Madras plague regulations and rules - Volume 1
Disease focus: Plague
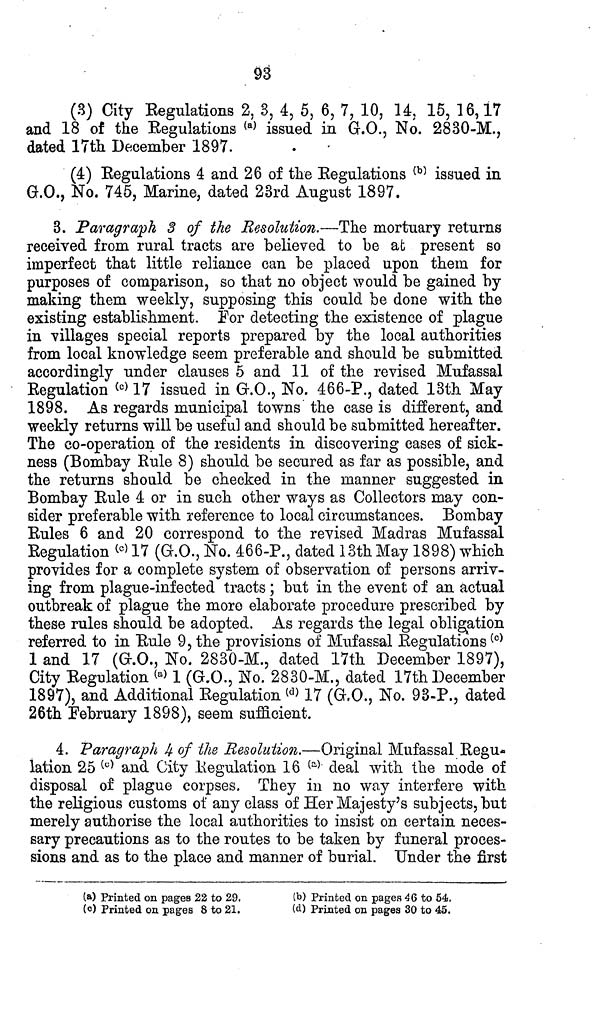
93
(3) City Regulations 2, 3, 4, 5, 6, 7, 10, 14, 15, 16, 17
and 18 of the Regulations (a) issued in G.O., No. 2830-M.,
dated 17th December 1897.
(4) Regulations 4 and 26 of the Regulations (b) issued in
G.O., No. 745, Marine, dated 23rd August 1897.
3. Paragraph 3 of the Resolution.—The mortuary returns
received from rural tracts are believed to be at present so
imperfect that little reliance can be placed upon them for
purposes of comparison, so that no object would be gained by
making them weekly, supposing this could be done with the
existing establishment. For detecting the existence of plague
in villages special reports prepared by the local authorities
from local knowledge seem preferable and should be submitted
accordingly under clauses 5 and 11 of the revised Mufassal
Regulation (c) 17 issued in G.O., No. 466-P., dated 13th May
1898. As regards municipal towns the case is different, and
weekly returns will be useful and should be submitted hereafter.
The co-operation of the residents in discovering cases of sick-
ness (Bombay Rule 8) should be secured as far as possible, and
the returns should be checked in the manner suggested in
Bombay Rule 4 or in such other ways as Collectors may con-
sider preferable with reference to local circumstances. Bombay
Rules 6 and 20 correspond to the revised Madras Mufassal
Regulation (e) 17 (G.O., No. 466-P., dated 13th May 1898) which
provides for a complete system of observation of persons arriv-
ing from plague-infected tracts ; but in the event of an actual
outbreak of plague the more elaborate procedure prescribed by
these rules should be adopted. As regards the legal obligation
referred to in Rule 9, the provisions of Mufassal Regulations (c)
1 and 17 (G.O., No. 2830-M., dated 17th December 1897),
City Regulation (a) 1 (G.O., No. 2830-M., dated 17th December
1897), and Additional Regulation (d) 17 (G.O., No. 93-P., dated
26th February 1898), seem sufficient.
4. Paragraph 4 of the Resolution.—Original Mufassal Regu-
lation 25 (c) and City Regulation 16 (a) deal with the mode of
disposal of plague corpses. They in no way interfere with
the religious customs of any class of Her Majesty's subjects, but
merely authorise the local authorities to insist on certain neces-
sary precautions as to the routes to be taken by funeral proces-
sions and as to the place and manner of burial. Under the first
(a) Printed on pages 22 to 29.
(c) Printed on pages 8 to 21.
(b) Printed on pages 46 to 54.
(d) Printed on pages 30 to 45.